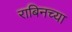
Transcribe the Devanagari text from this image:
राबिनच्या